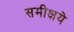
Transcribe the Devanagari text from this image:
समीक्षये